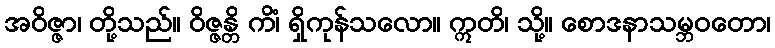
အဝိဇ္ဇာ၊ တို့သည်။ ဝိဇ္ဇန္တိ ကိံ၊ ရှိကုန်သလော။ ဣတိ၊ သို့။ စောဒနာသမ္ဘဝတော၊